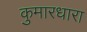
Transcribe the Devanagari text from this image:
कुमारधारा